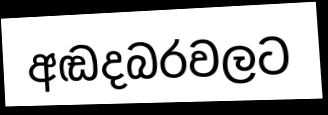
අඬදබරවලට